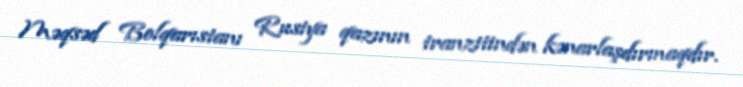
Məqsəd Bolqarıstanı Rusiya qazının tranzitindən kənarlaşdırmaqdır.